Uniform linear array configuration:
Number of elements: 48
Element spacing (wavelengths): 0.25
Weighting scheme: uniform
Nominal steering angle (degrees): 60
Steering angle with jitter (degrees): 59.714
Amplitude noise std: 0.05
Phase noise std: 0.05

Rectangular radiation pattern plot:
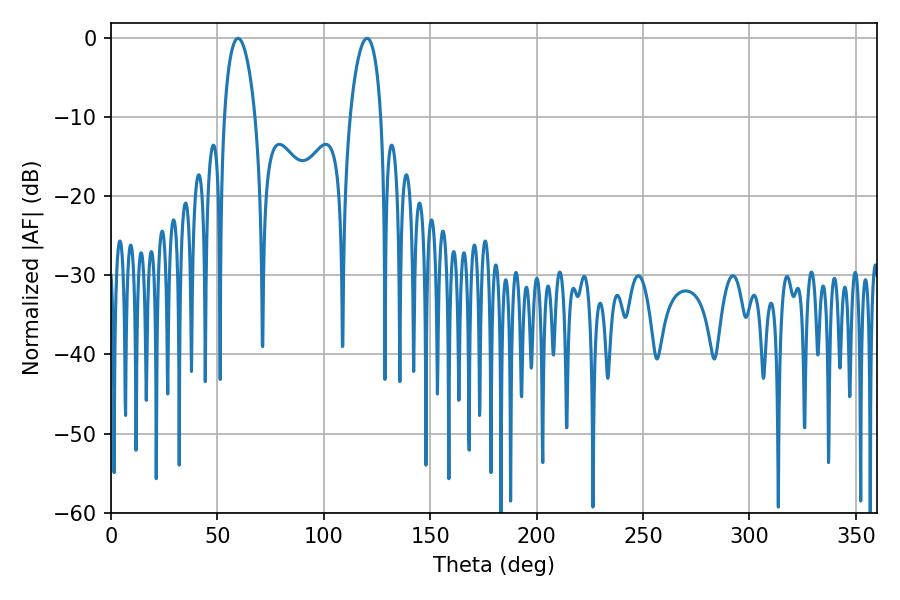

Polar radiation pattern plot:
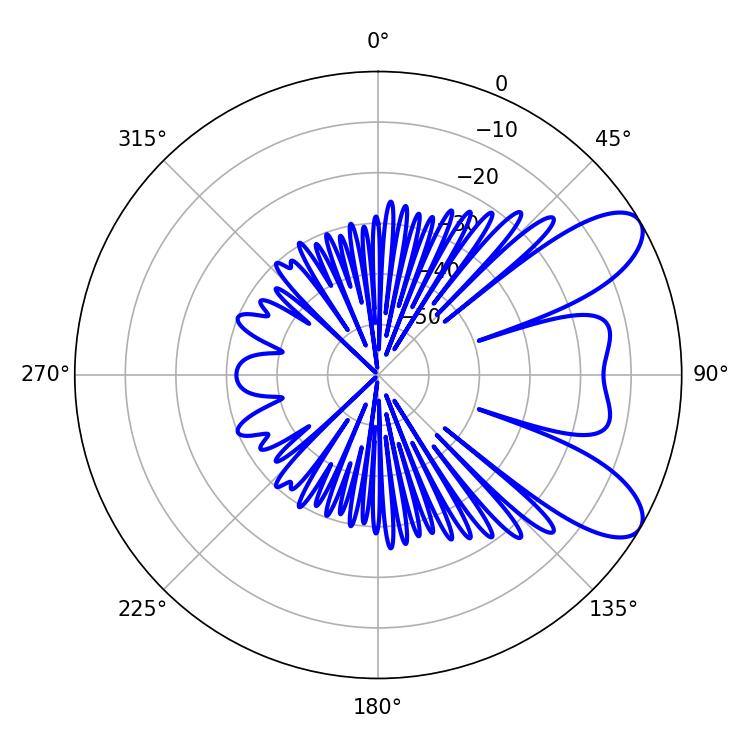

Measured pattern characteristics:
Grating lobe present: FALSE
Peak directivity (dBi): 8.408
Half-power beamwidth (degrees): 8.28
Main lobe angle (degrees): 59.76